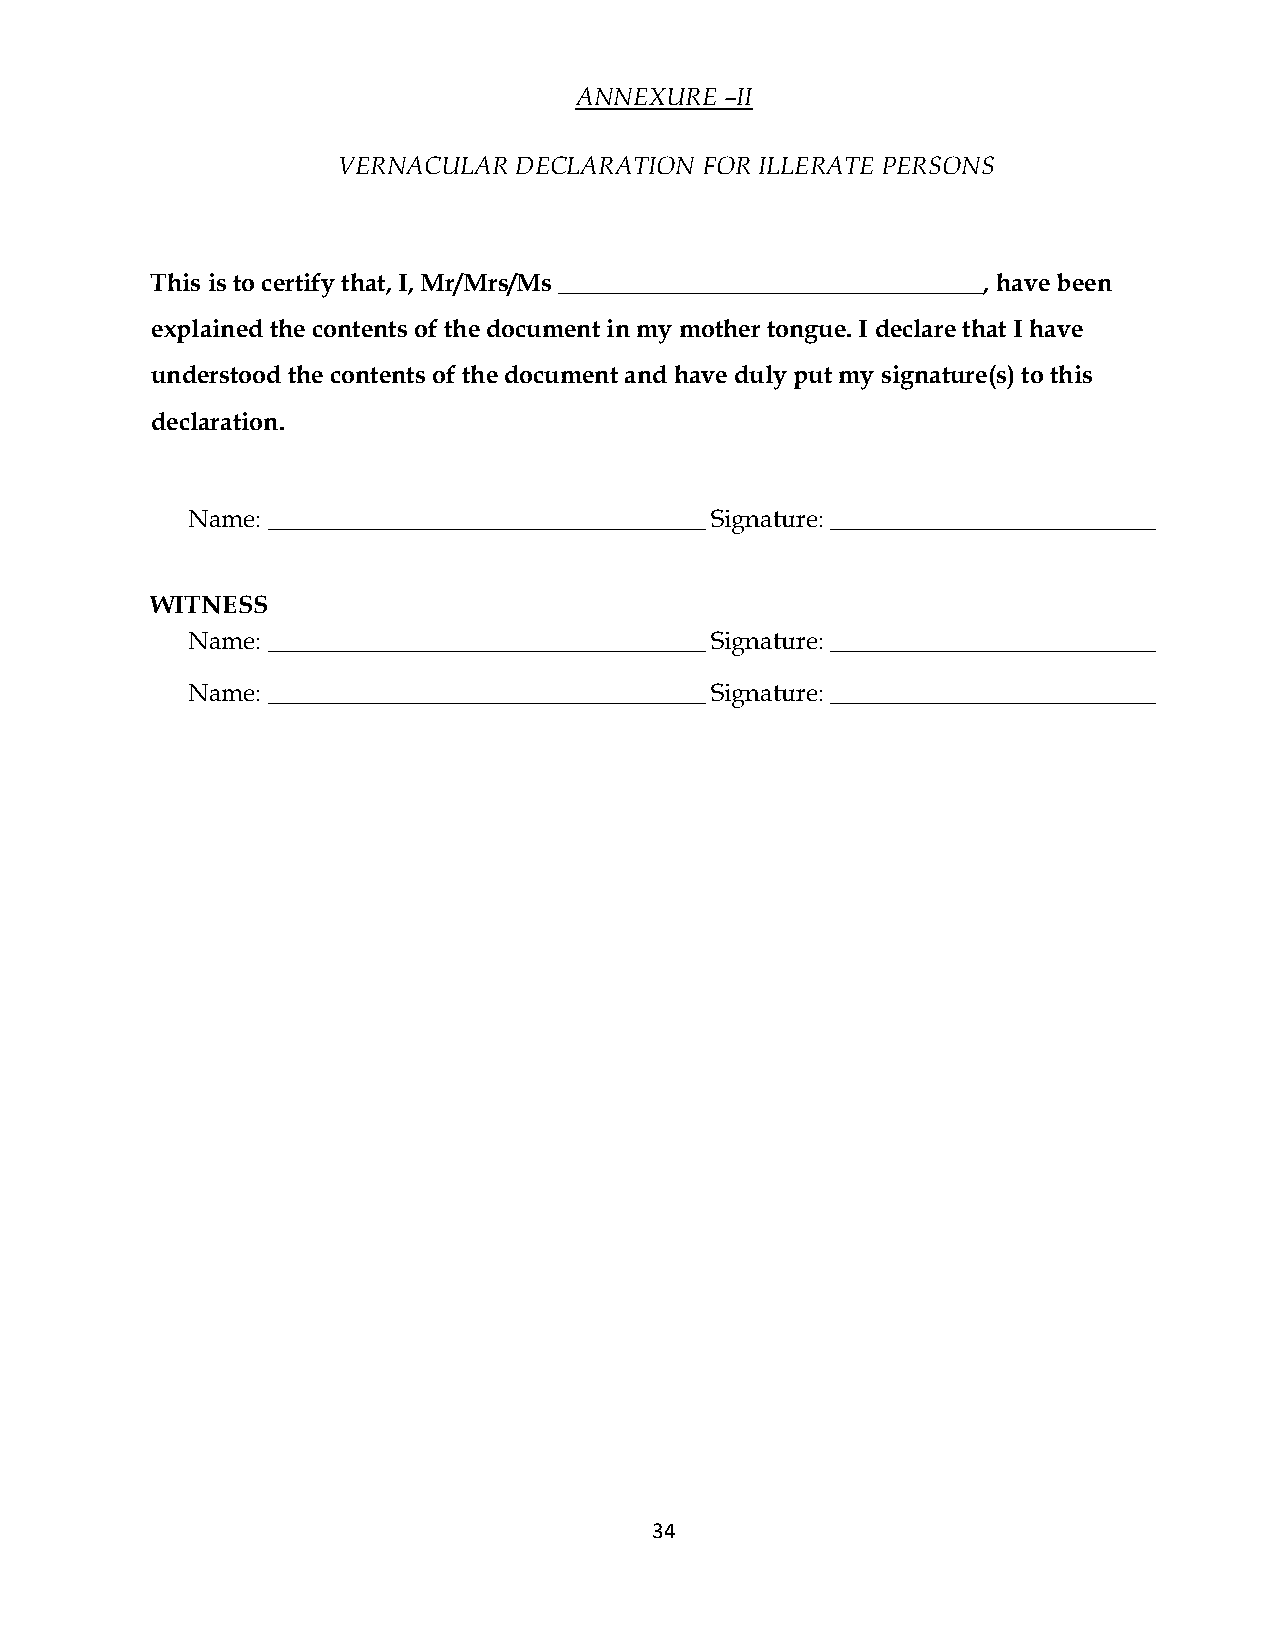
ANNEXURE  –II
 VERNACULAR  DECLARATION FOR ILLERATE PERSONS
 This is to certify that, I, Mr/Mrs/Ms __________________________________, have been
 explained the contents of the document in my mother tongue. I declare that I have
 understood the contents of the document and have duly put my signature(s) to this
 declaration.
 Name: ___________________________________ Signature: __________________________
 WITNESS
 Name: ___________________________________ Signature: __________________________
 Name: ___________________________________ Signature: __________________________
 34